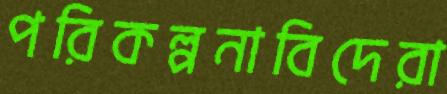
পরিকল্পনাবিদেরা